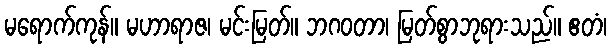
မရောက်ကုန်။ မဟာရာဇ၊ မင်းမြတ်။ ဘဂဝတာ၊ မြတ်စွာဘုရားသည်။ ဧတံ၊